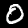
Digit: 0